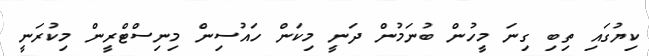
ކިޔުގައި ތިބި ގިނަ މީހުން ބުނަމުން ދަނީ މިކަން ހައުސިން މިނިސްޓްރީން މިކުރަނީ